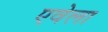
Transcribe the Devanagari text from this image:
एवेला